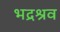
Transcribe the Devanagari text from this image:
भद्रश्रव